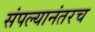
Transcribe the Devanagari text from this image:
संपल्यानंतरच